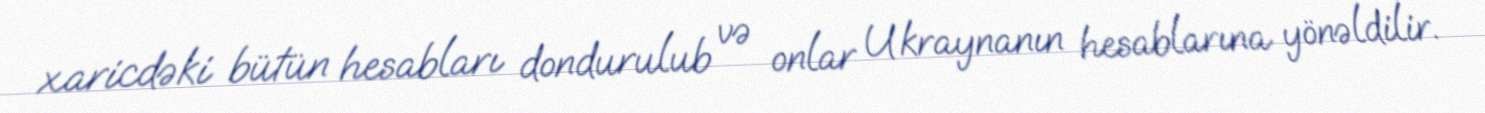
xaricdəki bütün hesabları dondurulub və onlar Ukraynanın hesablarına yönəldilir.